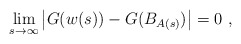
\begin{align*}\lim_{s\to\infty} \left| G(w(s)) - G(B_{A(s)}) \right| = 0\ , \end{align*}